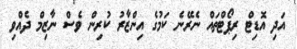
އަދި އޮޑިޓް ރިޕޯޓްތައް ނެރޭނެ ކަމުގެ އިންޒާރު ކުރިން ވެސް ނާޒިމް ދެއްވި